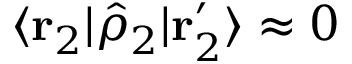
\langle \mathbf { r } _ { 2 } | \hat { \rho } _ { 2 } | \mathbf { r } _ { 2 } ^ { \prime } \rangle \approx 0